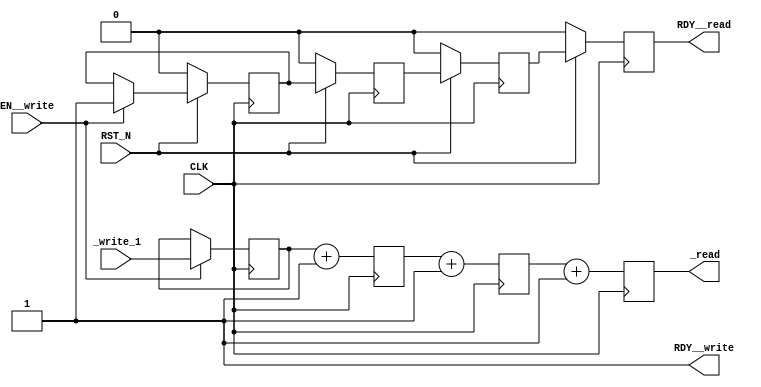
//
// Generated by Bluespec Compiler, version 2021.07-10-gb37e90ec (build b37e90ec)
//
// On Thu Nov 11 15:44:11 CST 2021
//
//
// Ports:
// Name                         I/O  size props
// RDY__write                     O     1 const
// _read                          O    32 reg
// RDY__read                      O     1 reg
// CLK                            I     1 clock
// RST_N                          I     1 reset
// _write_1                       I    32 reg
// EN__write                      I     1
//
// No combinational paths from inputs to outputs
//
//

`ifdef BSV_ASSIGNMENT_DELAY
`else
  `define BSV_ASSIGNMENT_DELAY
`endif

`ifdef BSV_POSITIVE_RESET
  `define BSV_RESET_VALUE 1'b1
  `define BSV_RESET_EDGE posedge
`else
  `define BSV_RESET_VALUE 1'b0
  `define BSV_RESET_EDGE negedge
`endif

module mkPipe(CLK,
	      RST_N,

	      _write_1,
	      EN__write,
	      RDY__write,

	      _read,
	      RDY__read);
  input  CLK;
  input  RST_N;

  // action method _write
  input  [31 : 0] _write_1;
  input  EN__write;
  output RDY__write;

  // value method _read
  output [31 : 0] _read;
  output RDY__read;

  // signals for module outputs
  wire [31 : 0] _read;
  wire RDY__read, RDY__write;

  // register valid1
  reg valid1;
  wire valid1$D_IN, valid1$EN;

  // register valid2
  reg valid2;
  wire valid2$D_IN, valid2$EN;

  // register valid3
  reg valid3;
  wire valid3$D_IN, valid3$EN;

  // register valid4
  reg valid4;
  wire valid4$D_IN, valid4$EN;

  // register x1
  reg [31 : 0] x1;
  wire [31 : 0] x1$D_IN;
  wire x1$EN;

  // register x2
  reg [31 : 0] x2;
  wire [31 : 0] x2$D_IN;
  wire x2$EN;

  // register x3
  reg [31 : 0] x3;
  wire [31 : 0] x3$D_IN;
  wire x3$EN;

  // register x4
  reg [31 : 0] x4;
  wire [31 : 0] x4$D_IN;
  wire x4$EN;

  // action method _write
  assign RDY__write = 1'd1 ;

  // value method _read
  assign _read = x4 ;
  assign RDY__read = valid4 ;

  // register valid1
  assign valid1$D_IN = 1'd1 ;
  assign valid1$EN = EN__write ;

  // register valid2
  assign valid2$D_IN = valid1 ;
  assign valid2$EN = 1'd1 ;

  // register valid3
  assign valid3$D_IN = valid2 ;
  assign valid3$EN = 1'd1 ;

  // register valid4
  assign valid4$D_IN = valid3 ;
  assign valid4$EN = 1'd1 ;

  // register x1
  assign x1$D_IN = _write_1 ;
  assign x1$EN = EN__write ;

  // register x2
  assign x2$D_IN = x1 + 32'd1 ;
  assign x2$EN = 1'd1 ;

  // register x3
  assign x3$D_IN = x2 + 32'd1 ;
  assign x3$EN = 1'd1 ;

  // register x4
  assign x4$D_IN = x3 + 32'd1 ;
  assign x4$EN = 1'd1 ;

  // handling of inlined registers

  always@(posedge CLK)
  begin
    if (RST_N == `BSV_RESET_VALUE)
      begin
        valid1 <= `BSV_ASSIGNMENT_DELAY 1'd0;
	valid2 <= `BSV_ASSIGNMENT_DELAY 1'd0;
	valid3 <= `BSV_ASSIGNMENT_DELAY 1'd0;
	valid4 <= `BSV_ASSIGNMENT_DELAY 1'd0;
      end
    else
      begin
        if (valid1$EN) valid1 <= `BSV_ASSIGNMENT_DELAY valid1$D_IN;
	if (valid2$EN) valid2 <= `BSV_ASSIGNMENT_DELAY valid2$D_IN;
	if (valid3$EN) valid3 <= `BSV_ASSIGNMENT_DELAY valid3$D_IN;
	if (valid4$EN) valid4 <= `BSV_ASSIGNMENT_DELAY valid4$D_IN;
      end
    if (x1$EN) x1 <= `BSV_ASSIGNMENT_DELAY x1$D_IN;
    if (x2$EN) x2 <= `BSV_ASSIGNMENT_DELAY x2$D_IN;
    if (x3$EN) x3 <= `BSV_ASSIGNMENT_DELAY x3$D_IN;
    if (x4$EN) x4 <= `BSV_ASSIGNMENT_DELAY x4$D_IN;
  end

  // synopsys translate_off
  `ifdef BSV_NO_INITIAL_BLOCKS
  `else // not BSV_NO_INITIAL_BLOCKS
  initial
  begin
    valid1 = 1'h0;
    valid2 = 1'h0;
    valid3 = 1'h0;
    valid4 = 1'h0;
    x1 = 32'hAAAAAAAA;
    x2 = 32'hAAAAAAAA;
    x3 = 32'hAAAAAAAA;
    x4 = 32'hAAAAAAAA;
  end
  `endif // BSV_NO_INITIAL_BLOCKS
  // synopsys translate_on

  // handling of system tasks

  // synopsys translate_off
  always@(negedge CLK)
  begin
    #0;
    if (RST_N != `BSV_RESET_VALUE) if (valid1) $write("%0h ", $signed(x1));
    if (RST_N != `BSV_RESET_VALUE) if (!valid1) $write("Invalid ");
    if (RST_N != `BSV_RESET_VALUE) if (valid2) $write("%0h ", $signed(x2));
    if (RST_N != `BSV_RESET_VALUE) if (!valid2) $write("Invalid ");
    if (RST_N != `BSV_RESET_VALUE) if (valid3) $write("%0h ", $signed(x3));
    if (RST_N != `BSV_RESET_VALUE) if (!valid3) $write("Invalid ");
    if (RST_N != `BSV_RESET_VALUE) if (valid4) $write("%0h ", $signed(x4));
    if (RST_N != `BSV_RESET_VALUE) if (!valid4) $write("Invalid ");
    if (RST_N != `BSV_RESET_VALUE) $display("");
  end
  // synopsys translate_on
endmodule  // mkPipe